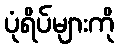
ပုံရိပ်များကို